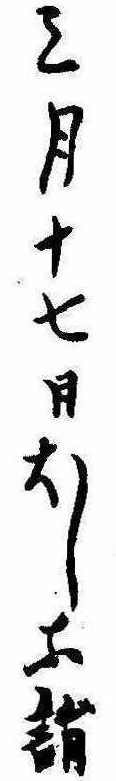
三月十七日ほしな詣